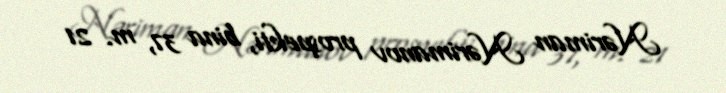
Nəriman Nərimanov prospekti, bina 37, m. 21